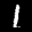
Label: 1